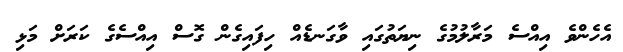
އެހެންވެ އިއްސެ މަރާލުމުގެ ނިޔަތުގައި ވާގަނޑެއް ހިފައިގެން ގޮސް އިއްސެގެ ކަރަށް މަޅި